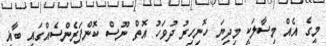
މީގެ އެއް މިސާލަކީ މިދިޔަ ހޮނިހިރު ދުވަހު އޮތް ނޫސް ކޮންފަރެންސެއްގައި ބާޣީ